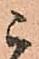
ニ